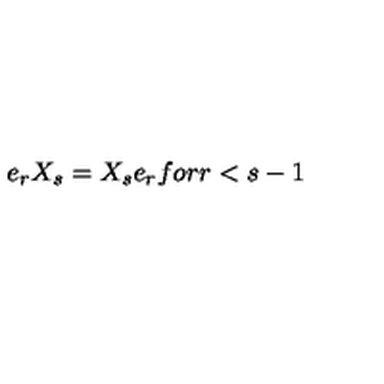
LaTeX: e _ { r } X _ { s } = X _ { s } e _ { r } f o r r < s - 1